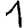
Digit: 1